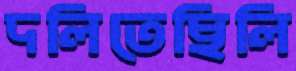
দলিতেছিলি